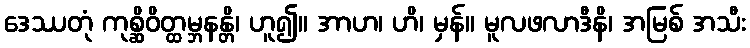
ဒေဿတုံ ကုစ္ဆိဝိတ္ထမ္ဘနန္တိ၊ ဟူ၍။ အာဟ၊ ဟိ၊ မှန်။ မူလဖလာဒီနိ၊ အမြစ် အသီး